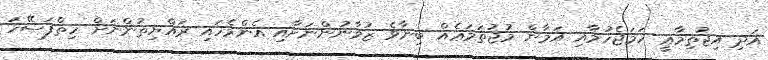
އަދި އިޖުތިމާޢީ ހަމަޖެހުމާއި އަމާން މުޖުތަމަޢެއް ބިނާވެ ޒުވާނުންނަށާއި އެންމެހައި ރައްޔިތުންނަށް ހިތްފަސޭހަ